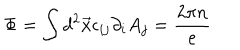
LaTeX: \Phi = \int d ^ { 2 } \vec { x } \epsilon _ { i j } \partial _ { i } A _ { j } = \frac { 2 \pi n } { e }